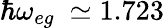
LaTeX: \hbar\omega_{eg}~\simeq 1.723